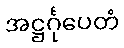
အဋ္ဌင်္ဂုပေတံ